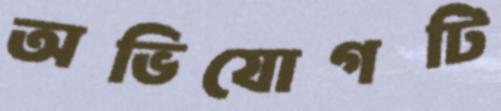
অভিযোগটি